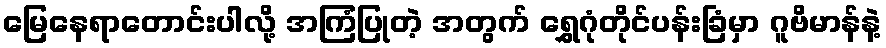
မြေနေရာတောင်းပါလို့ အကြံပြုတဲ့ အတွက် ရွှေဂုံတိုင်ပန်းခြံမှာ ဂူဗိမာန်နဲ့